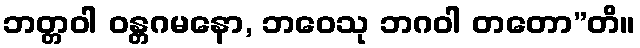
ဘတ္တဝါ ဝန္တဂမနော, ဘဝေသု ဘဂဝါ တတော”တိ။